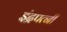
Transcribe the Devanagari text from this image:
इंद्रपत्नी